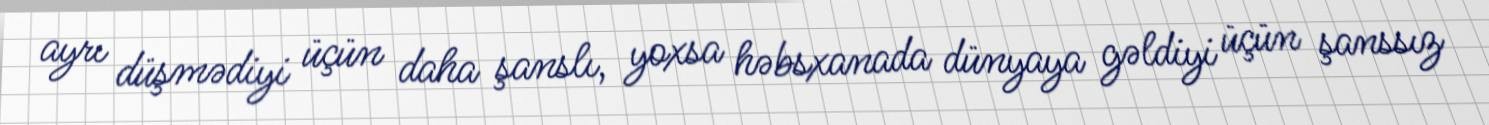
ayrı düşmədiyi üçün daha şanslı, yoxsa həbsxanada dünyaya gəldiyi üçün şanssız